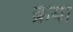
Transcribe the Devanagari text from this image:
क्रया